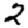
Digit: 2